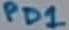
Text: PD1